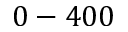
0 - 4 0 0